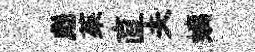
彪茱直夫螭